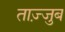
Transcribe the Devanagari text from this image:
ताज़्जुब